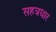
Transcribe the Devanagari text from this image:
सहत्रधार